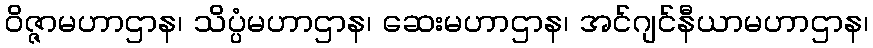
ဝိဇ္ဇာမဟာဌာန၊ သိပ္ပံမဟာဌာန၊ ဆေးမဟာဌာန၊ အင်ဂျင်နီယာမဟာဌာန၊